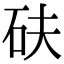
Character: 砆